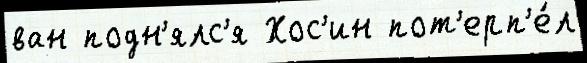
ван подн'ялс'я Хос'ин пот'ерп'е́л